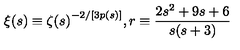
{ \xi } ( s ) \equiv { { \zeta } ( s ) } ^ { - 2 / [ 3 p ( s ) ] } , r \equiv \frac { 2 s ^ { 2 } + 9 s + 6 } { s ( s + 3 ) }